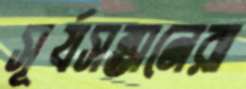
সূর্যসন্তানেরা